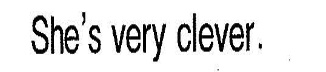
She's very clever.